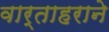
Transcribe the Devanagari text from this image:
वार्ताहराने